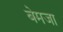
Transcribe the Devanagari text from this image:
बेमजा